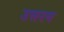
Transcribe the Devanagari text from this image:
उत्तरन